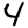
Digit: 4